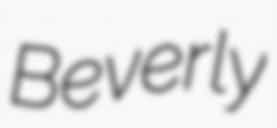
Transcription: Beverly